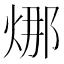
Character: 𭴴